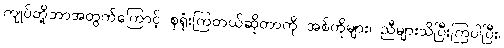
ကျုပ်တို့ဘာအတွက်ကြောင့် စုရုံးကြတယ်ဆိုတာကို အစ်ကိုများ၊ ညီများသိပြီးကြပါပြီး၊